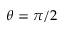
\theta = \pi / 2